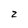
Character: 2